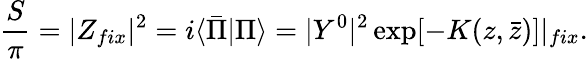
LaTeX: {\frac{S}{\pi}}=|Z_{fix}|^{2}=i\langle\bar{\Pi}|\Pi\rangle=|Y^{0}|^{2}\exp[-K(z,\bar{z})]|_{fix}.